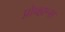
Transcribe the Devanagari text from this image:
प्रोव्हान्स